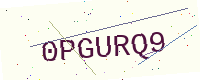
Text: 0PGURQ9